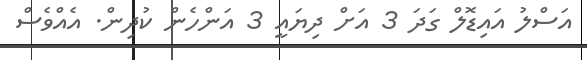
އަސްލު އައިޑޮލް ގަދަ 3 އަށް ދިޔައީ 3 އަންހެން ކުދިން. އެއްވެސް